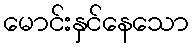
မောင်းနှင်နေသော